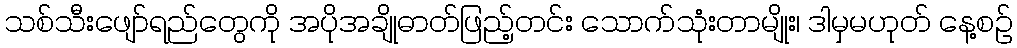
သစ်သီးဖျော်ရည်တွေကို အပိုအချိုဓာတ်ဖြည့်တင်း သောက်သုံးတာမျိုး၊ ဒါမှမဟုတ် နေ့စဉ်